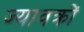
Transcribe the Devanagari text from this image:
ज्यावक्रों